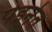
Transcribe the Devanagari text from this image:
पेइनेत